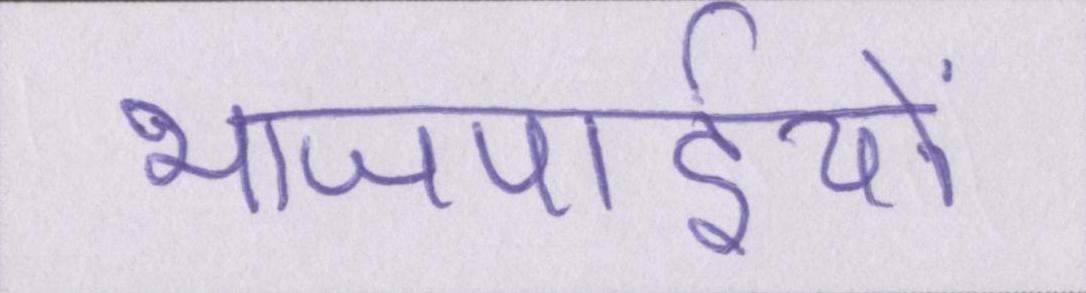
भाजपाईयों